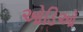
ઓડિઓ